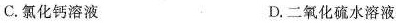
C.氯化钙溶液 D.二氧化硫水溶液